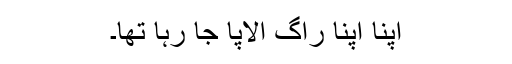
اپنا اپنا راگ الاپا جا رہا تھا۔